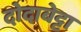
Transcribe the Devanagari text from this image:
दोदाबेट्टा